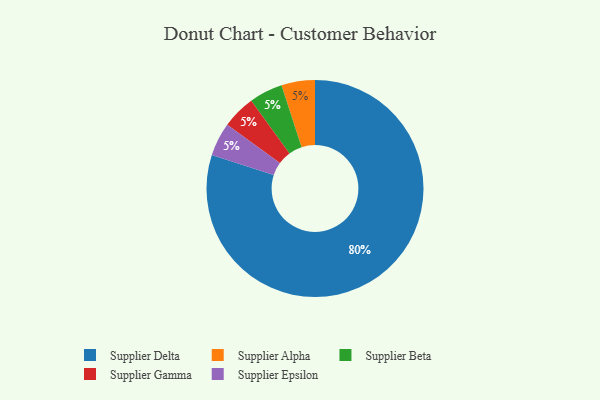
{"axis": {"x": "Category", "y": "Percentage"}, "legend": ["Supplier Alpha", "Supplier Beta", "Supplier Delta", "Supplier Epsilon", "Supplier Gamma"], "data": [{"x": "Supplier Alpha", "y": 5, "type": "Supplier Alpha"}, {"x": "Supplier Beta", "y": 5, "type": "Supplier Beta"}, {"x": "Supplier Gamma", "y": 5, "type": "Supplier Gamma"}, {"x": "Supplier Delta", "y": 80, "type": "Supplier Delta"}, {"x": "Supplier Epsilon", "y": 5, "type": "Supplier Epsilon"}]}